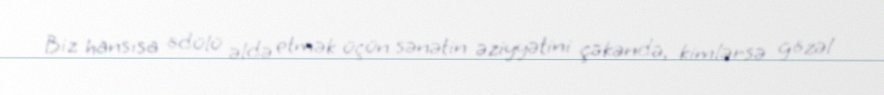
Biz hansısa ödülü əldə etmək üçün sənətin əziyyətini çəkəndə, kimlərsə gözəl